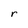
Character: r